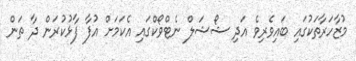
މުޒާހަރާތަކުގައި ބައިވެރިވެ އަދި ޝޯޝަލް ނެޓްވޯކްގައި އެކަމަށް އުފާ ފާޅުކުރަން ދާ ތަން